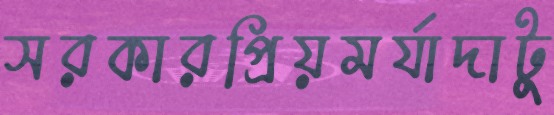
সরকারপ্রিয়মর্যাদাটু